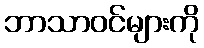
ဘာသာဝင်များကို